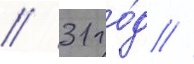
// 31 го́д //